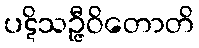
ပဋိသဉ္ဇီဝိတောတိ